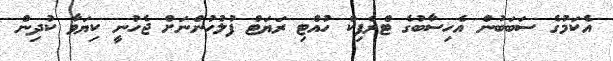
އެކަމުގެ ސަބަބުން އެހިސާބުގެ ޓްރެފިކް ހުއްޓި ރަޔަޓް ފުލުހުންނަށް ޖެހުނީ ކިޔަވާ ކުދިން